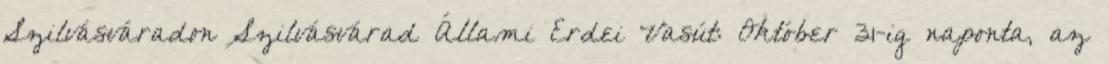
Szilvásváradon Szilvásvárad Állami Erdei Vasút: Október 31-ig naponta, az